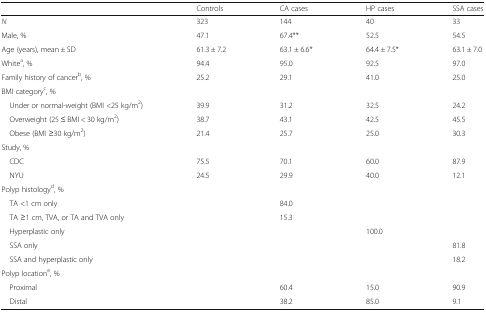
<table><thead><tr><td></td><td><b>Controls</b></td><td><b>CA cases</b></td><td><b>HP cases</b></td><td><b>SSA cases</b></td></tr></thead><tbody><tr><td><i>N</i></td><td>323</td><td>144</td><td>40</td><td>33</td></tr><tr><td>Male, %</td><td>47.1</td><td>67.4**</td><td>52.5</td><td>54.5</td></tr><tr><td>Age (years), mean ± SD</td><td>61.3 ± 7.2</td><td>63.1 ± 6.6*</td><td>64.4 ± 7.5*</td><td>63.1 ± 7.0</td></tr><tr><td>White<sup>a</sup>, %</td><td>94.4</td><td>95.0</td><td>92.5</td><td>97.0</td></tr><tr><td>Family history of cancer<sup>b</sup>, %</td><td>25.2</td><td>29.1</td><td>41.0</td><td>25.0</td></tr><tr><td colspan="5">BMI category<sup>c</sup>, %</td></tr><tr><td> Under or normal-weight (BMI &lt;25 kg/m<sup>2</sup>)</td><td>39.9</td><td>31.2</td><td>32.5</td><td>24.2</td></tr><tr><td> Overweight (25 ≤ BMI &lt; 30 kg/m<sup>2</sup>)</td><td>38.7</td><td>43.1</td><td>42.5</td><td>45.5</td></tr><tr><td> Obese (BMI ≥30 kg/m<sup>2</sup>)</td><td>21.4</td><td>25.7</td><td>25.0</td><td>30.3</td></tr><tr><td>Study, %</td><td></td><td></td><td></td><td></td></tr><tr><td> CDC</td><td>75.5</td><td>70.1</td><td>60.0</td><td>87.9</td></tr><tr><td> NYU</td><td>24.5</td><td>29.9</td><td>40.0</td><td>12.1</td></tr><tr><td colspan="5">Polyp histology<sup>d</sup>, %</td></tr><tr><td> TA &lt;1 cm only</td><td></td><td>84.0</td><td></td><td></td></tr><tr><td> TA ≥1 cm, TVA, or TA and TVA only</td><td></td><td>15.3</td><td></td><td></td></tr><tr><td> Hyperplastic only</td><td></td><td></td><td>100.0</td><td></td></tr><tr><td> SSA only</td><td></td><td></td><td></td><td>81.8</td></tr><tr><td> SSA and hyperplastic only</td><td></td><td></td><td></td><td>18.2</td></tr><tr><td>Polyp location<sup>e</sup>, %</td><td></td><td></td><td></td><td></td></tr><tr><td> Proximal</td><td></td><td>60.4</td><td>15.0</td><td>90.9</td></tr><tr><td> Distal</td><td></td><td>38.2</td><td>85.0</td><td>9.1</td></tr></tbody></table>